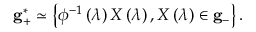
{ \bf g } _ { + } ^ { * } \simeq \left\{ \phi ^ { - 1 } \left( \lambda \right) X \left( \lambda \right) , X \left( \lambda \right) \in { \bf g } _ { - } \right\} .